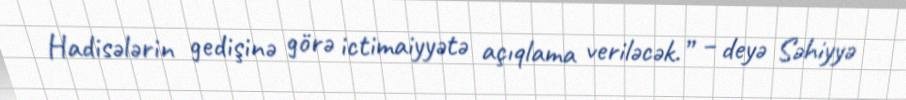
Hadisələrin gedişinə görə ictimaiyyətə açıqlama veriləcək.” – deyə Səhiyyə